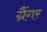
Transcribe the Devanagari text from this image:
ग्रैंगर